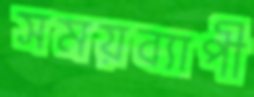
সময়ব্যাপী